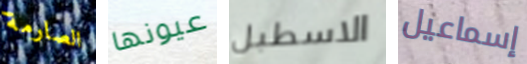
الصارمة عيونها الاسطبل إسماعيل